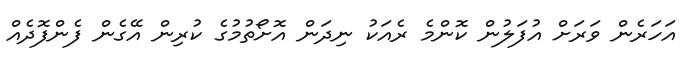
އަހަރެން ވަރަށް އުފަލުން ކޮންމެ ރެއަކު ނިދަން އޮށޯތުމުގެ ކުރިން އޭގެން ފެންފޮދެއް